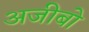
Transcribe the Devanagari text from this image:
अजीबो